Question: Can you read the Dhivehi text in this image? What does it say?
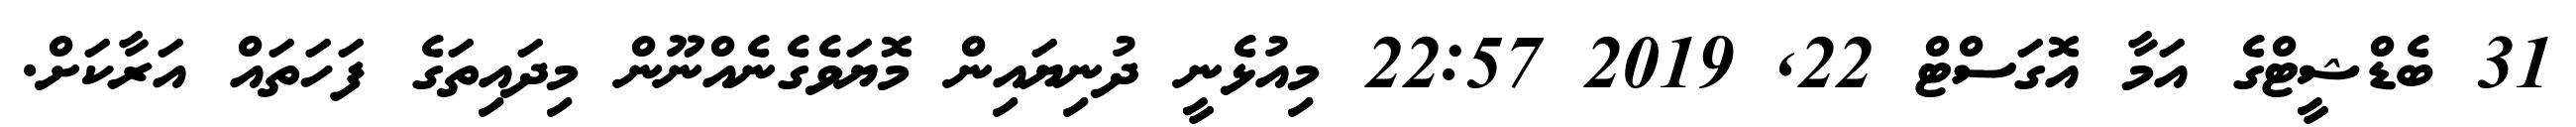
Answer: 31 ބެޑްޝީޓްގެ އަމާ އޮގަސްޓް 22, 2019 22:57 މިއުޅެނީ ދުނިޔައިން މޮޔަވެގެނެއްނޫން މިދައިތަގެ ފަހަތައް އަރާކަށް.